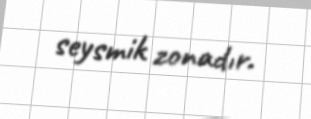
seysmik zonadır.